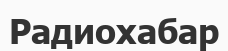
Радиохабар